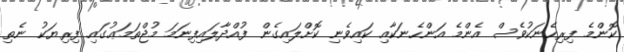
ކޮންމެ ފިރިހެނަކުވެސް އެންމެ އަންހެނަކާއި ކައިވެނި ކޮށްލައިގެން ފުއްދާލައިފިނަމަ މުޖްތަމަޢުގައި ފިރިޔަކު ނެތި